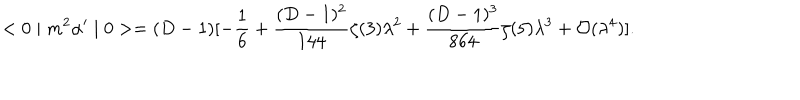
LaTeX: < 0 \mid m ^ { 2 } \alpha ^ { \prime } \mid 0 > = ( D - 1 ) [ - \frac { 1 } { 6 } + \frac { ( D - 1 ) ^ { 2 } } { 1 4 4 } \zeta ( 3 ) \lambda ^ { 2 } + \frac { ( D - 1 ) ^ { 3 } } { 8 6 4 } \zeta ( 5 ) \lambda ^ { 3 } + { \cal O } ( \lambda ^ { 4 } ) ] .